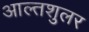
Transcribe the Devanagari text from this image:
आल्तशुलर